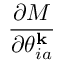
\frac { \partial M } { \partial \theta _ { i a } ^ { \mathbf { k } } }